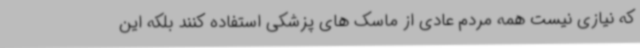
که نیازی نیست همه مردم عادی از ماسک های پزشکی استفاده کنند بلکه این